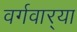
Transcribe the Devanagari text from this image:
वर्गवार्‍या